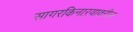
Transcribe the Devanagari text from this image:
सागरकिनाऱ्यावरील